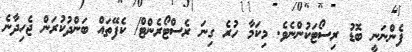
ފެންނަނީ ބޮޑު ރިސޯޓަކުންނެވެ. މިކަމާ ހުރެ ގިނަ ރެސްޓޯރެންޓް/ ކެފޭތައް ބަންދުކުރަން ޖެހިދާނެ